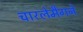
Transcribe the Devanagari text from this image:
चारलेमैगने